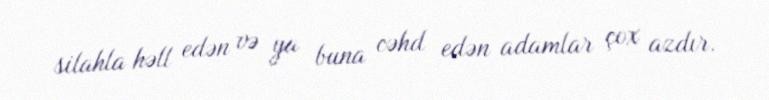
silahla həll edən və ya buna cəhd edən adamlar çox azdır.